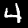
Label: 4